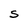
Character: S